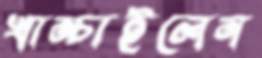
খাম্‌চাইলেন